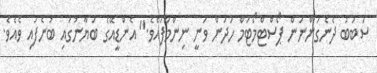
ސަބަބު ދެނެގަންނަން ޕޯސްޓްމޯޓަމް ހަދަން ވަނީ ނިންމާފައެވެ." އެންޑީއޭގެ ބަޔާނުގައި ބުނެފައި ވެއެވެ.